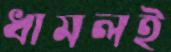
ধামলই